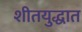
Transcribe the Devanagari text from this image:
शीतयुद्धात